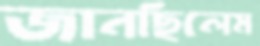
জানছিলেম